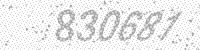
Solution: 830681